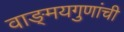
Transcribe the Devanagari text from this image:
वाङ्‌मयगुणांची